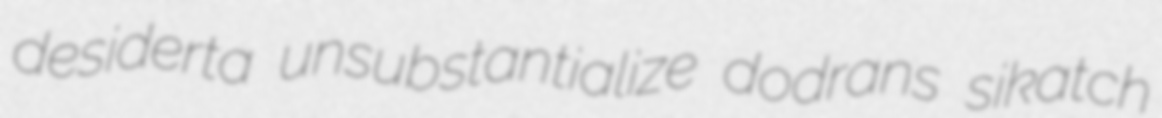
desiderta unsubstantialize dodrans sikatch